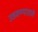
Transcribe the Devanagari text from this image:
उडवण्यातले